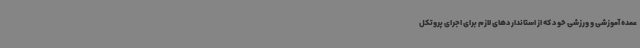
عمده آموزشی و ورزشی خود که از استانداردهای لازم برای اجرای پروتکل